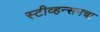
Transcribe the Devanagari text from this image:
स्टीव्हन्सनचा